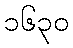
၁၆၃၀